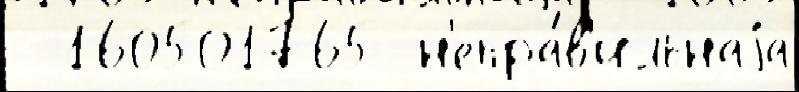
  160501765 н'епра́в'ильнаjа